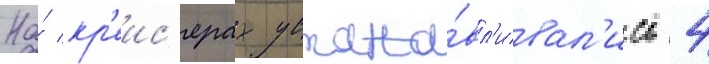
На́ кр'еис'ерах устана́вл'ивал'ись 4